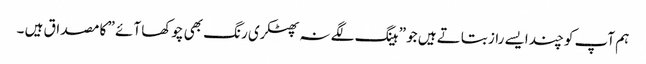
ہم آپ کو چند ایسے راز بتاتے ہیں جو ” ہینگ لگے نہ پھٹکری رنگ بھی چوکھا آئے ” کا مصداق ہیں ۔